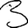
Digit: 3